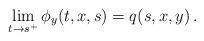
LaTeX: \begin{align*}\lim_{t\to s^+}\phi_y(t,x,s)=q(s,x,y)\, .\end{align*}